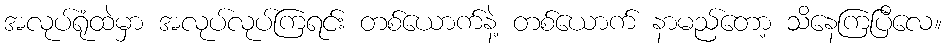
အလုပ်ရုံထဲမှာ အလုပ်လုပ်ကြရင်း တစ်ယောက်နဲ့ တစ်ယောက် နာမည်တော့ သိနေကြပြီလေ။